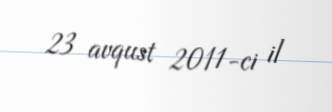
23 avqust 2011-ci il